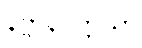
နိဗ္ဗာနပတ္တိယာ